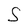
Character: S